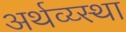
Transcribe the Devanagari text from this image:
अर्थव्य्स्था